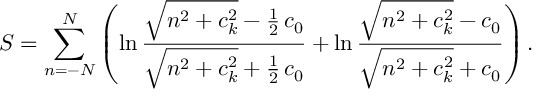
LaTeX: { \cal S } = \sum _ { n = - N } ^ { N } \left( \ln \frac { \sqrt { n ^ { 2 } + c _ { k } ^ { 2 } } - \frac { 1 } { 2 } \, c _ { 0 } } { \sqrt { n ^ { 2 } + c _ { k } ^ { 2 } } + \frac { 1 } { 2 } \, c _ { 0 } } + \ln \frac { \sqrt { n ^ { 2 } + c _ { k } ^ { 2 } } - c _ { 0 } } { \sqrt { n ^ { 2 } + c _ { k } ^ { 2 } } + c _ { 0 } } \right) .